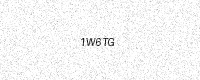
Text: 1W6TG